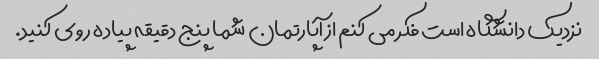
نزدیک دانشگاه است فکر می کنم از آپارتمان شما پنج دقیقه پیاده روی کنید.